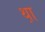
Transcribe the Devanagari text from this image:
थ़ा